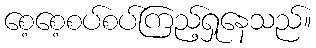
စေ့စေ့စပ်စပ်ကြည့်ရှုနေသည်။